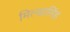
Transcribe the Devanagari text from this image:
मिल्खासिंह